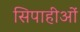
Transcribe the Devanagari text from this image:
सिपाहीओं